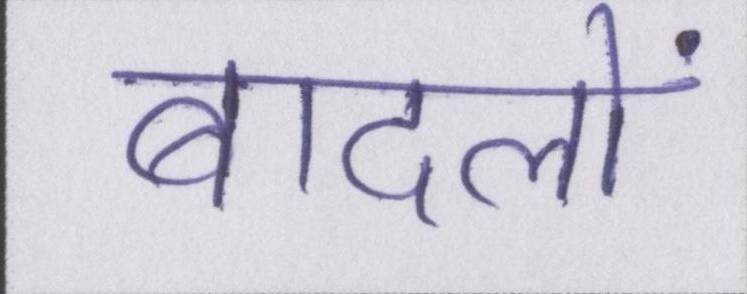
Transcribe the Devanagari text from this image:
बादलों